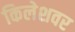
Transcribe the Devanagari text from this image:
किलेशवर